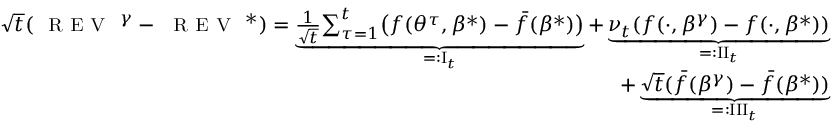
\begin{array} { r } { \sqrt t ( { \small \textsc { { R E V } } } ^ { \gamma } - { \small \textsc { { R E V } } } ^ { * } ) = \underbrace { \frac { 1 } { \sqrt t } { \sum _ { \tau = 1 } ^ { t } } \big ( f ( { \theta ^ { \tau } } , \beta ^ { * } ) - { \bar { f } } ( \beta ^ { * } ) \big ) } _ { = : { \mathrm { { I } } } _ { t } } + \underbrace { \nu _ { t } ( f ( \cdot , \beta ^ { \gamma } ) - f ( \cdot , \beta ^ { * } ) ) } _ { = : { \mathrm { { I I } } } _ { t } } } \\ { + \underbrace { \sqrt { t } ( \bar { f } ( \beta ^ { \gamma } ) - \bar { f } ( \beta ^ { * } ) ) } _ { = : { \mathrm { { I I I } } } _ { t } } } \end{array}